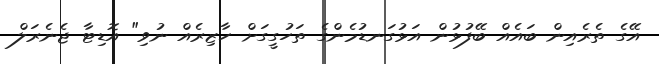
އޭގެ ތެރެއިން ބައެއް ބޭފުޅުން އަޅުގަނޑުމެންގެ ތަހުގީގަށް ހާޒިރެއް ނުވި" އޮޑިޓާ ޖެނެރަލް